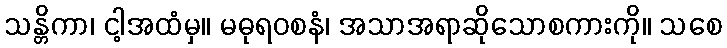
သန္တိကာ၊ ငါ့အထံမှ။ မဓုရဝစနံ၊ အသာအရာဆိုသောစကားကို။ သစေ